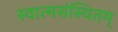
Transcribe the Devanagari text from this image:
स्वात्मसंस्थितम्